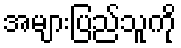
အများပြည်သူကို